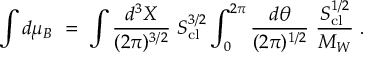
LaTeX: \int d \mu _ { B } \ = \ \int { \frac { d ^ { 3 } X } { ( 2 \pi ) ^ { 3 / 2 } } } \ S _ { \mathrm { c l } } ^ { 3 / 2 } \int _ { 0 } ^ { 2 \pi } { \frac { d \theta } { ( 2 \pi ) ^ { 1 / 2 } } } \ { \frac { S _ { \mathrm { c l } } ^ { 1 / 2 } } { M _ { W } } } \ .